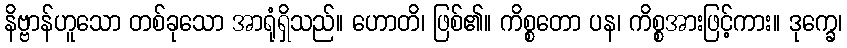
နိဗ္ဗာန်ဟူသော တစ်ခုသော အာရုံရှိသည်။ ဟောတိ၊ ဖြစ်၏။ ကိစ္စတော ပန၊ ကိစ္စအားဖြင့်ကား။ ဒုက္ခေ၊